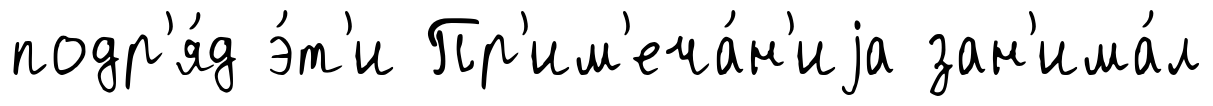
подр'я́д э́т'и Пр'им'еча́н'иjа зан'има́л